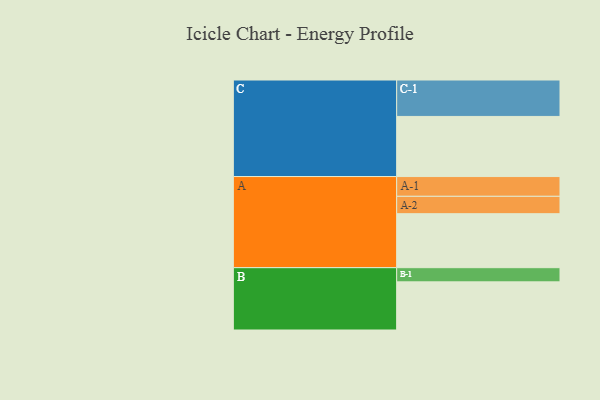
{"axis": {"x": "Segment", "y": "Value"}, "legend": ["", "A", "B", "C"], "data": [{"x": "A", "y": 388, "type": ""}, {"x": "B", "y": 346, "type": ""}, {"x": "C", "y": 432, "type": ""}, {"x": "A-1", "y": 142, "type": "A"}, {"x": "A-2", "y": 125, "type": "A"}, {"x": "B-1", "y": 102, "type": "B"}, {"x": "C-1", "y": 262, "type": "C"}]}